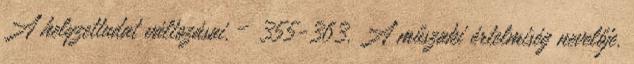
A helyzettudat változásai. – 355-363. A műszaki értelmiség nevelője.